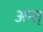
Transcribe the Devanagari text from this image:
अन्त्